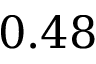
0 . 4 8